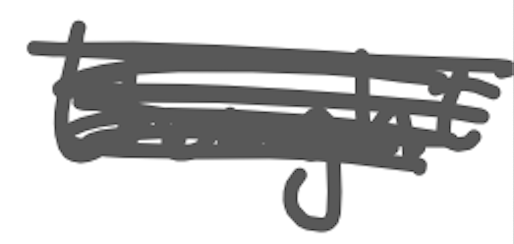
Text: thought
Cross-out: scratch
Writing tool: digital_gray